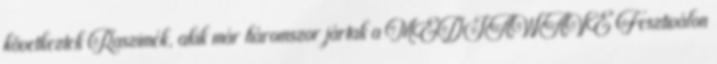
következtek Raszimék, akik már háromszor jártak a MEDIAWAVE Fesztiválon